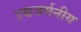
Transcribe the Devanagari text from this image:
उच्चजर्मनीय